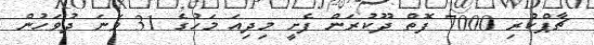
ޗާޕްކުރި 7000 ފޮތް ދޫކުރަން ފެށީ މިދިއަ މަހުގެ 31 ވަނަ ދުވަހުން